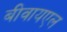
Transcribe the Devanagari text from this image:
बीवायएल